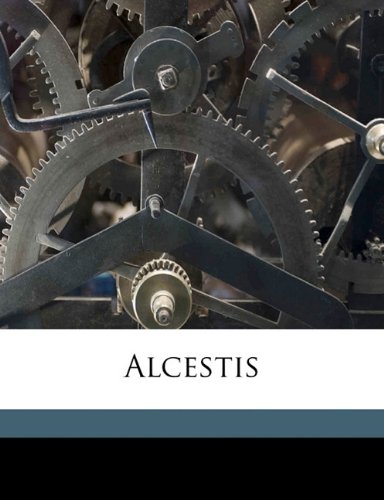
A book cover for Alcestis; Euripides Euripides; Literature & Fiction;